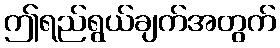
ဤရည်ရွယ်ချက်အတွက်